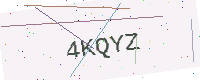
Text: 4KQYZ